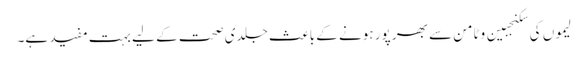
لیموں کی سکنجبین وٹامن سے بھر پور ہونے کے باعث جلدی صحت کے لیے بہت مفید ہے۔